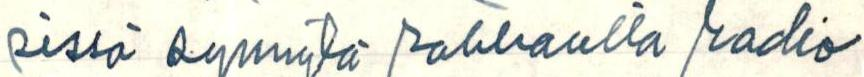
sissä synnytä rakkautta radio